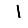
Digit: 1